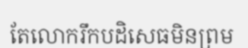
តែលោករឹកបដិសេធមិនព្រម